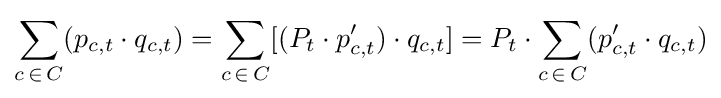
\sum _{c\,\in \,C}(p_{c,t}\cdot q_{c,t})=\sum _{c\,\in \,C}[(P_{t}\cdot p'_{c,t})\cdot q_{c,t}]=P_{t}\cdot \sum _{c\,\in \,C}(p'_{c,t}\cdot q_{c,t})